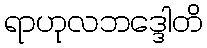
ရာဟုလဘဒ္ဒေါတိ